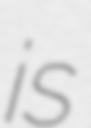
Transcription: is